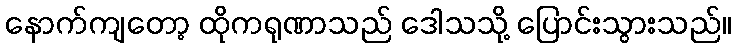
နောက်ကျတော့ ထိုကရုဏာသည် ဒေါသသို့ ပြောင်းသွားသည်။